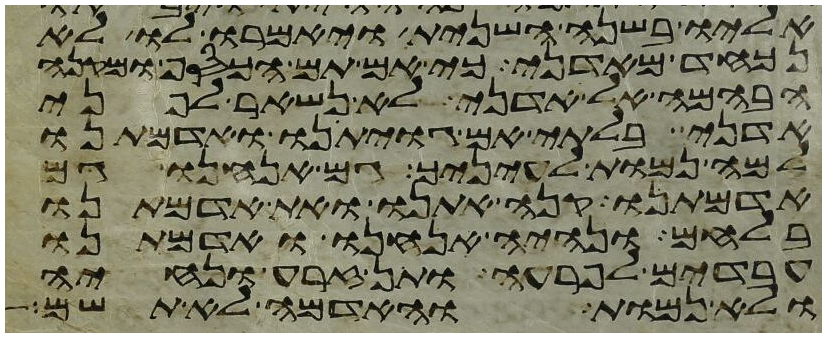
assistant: אליו בשנה השנית ויאמרו לו לא
נכחד מאדני כי אם תם הכסף ומקנה
הבהמה אל אדני לא נשאר לפני
אדני בלתי אם גויתינו ואדמתנו
למה נמות לעיניך גם אנחנו גם
אדמתנו קנה אתנו ואת אדמתנו
בלחם ונהיה אנחנו ואדמתנו
עבדים לפרעה ותן זרע ונחיה
ולא נמות והאדמה לא תשם